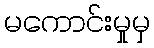
မကောင်းမှုမှ